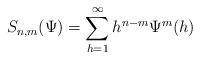
LaTeX: \begin{align*}S_{n,m}(\Psi)=\sum_{h=1}^{\infty}h^{n-m}\Psi^m(h)\end{align*}